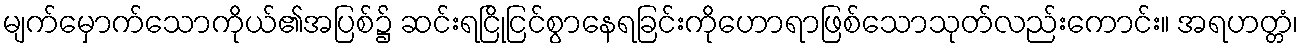
မျက်မှောက်သောကိုယ်၏အပြစ်၌ ဆင်းရငြိုငြင်စွာနေရခြင်းကိုဟောရာဖြစ်သောသုတ်လည်းကောင်း။ အရဟတ္တံ၊